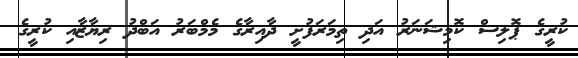
ކުރީގެ ޕޮލިސް ކޮމިޝަނަރު އަދި ތިމަރަފުށީ ދާއިރާގެ މެމްބަރު އަބްދު ރިޔާޒާއި ކުރީގެ